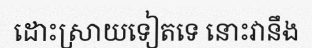
ដោះស្រាយទៀតទេ នោះវានឹង